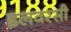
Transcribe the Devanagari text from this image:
इलवरसी